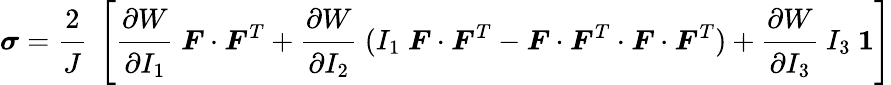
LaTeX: {\boldsymbol{\sigma}}={\cfrac{2}{J}}~\left[{\cfrac{\partial W}{\partial I_{1}}}~{\boldsymbol{F}}\cdot{\boldsymbol{F}}^{T}+{\cfrac{\partial W}{\partial I_{2}}}~(I_{1}~{\boldsymbol{F}}\cdot{\boldsymbol{F}}^{T}-{\boldsymbol{F}}\cdot{\boldsymbol{F}}^{T}\cdot{\boldsymbol{F}}\cdot{\boldsymbol{F}}^{T})+{\cfrac{\partial W}{\partial I_{3}}}~I_{3}~{\boldsymbol{\mathit{1}}}\right]